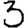
Digit: 3